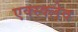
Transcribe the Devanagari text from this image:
एक्स्क्लेव